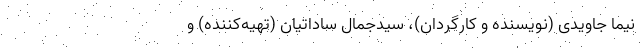
نیما جاویدی (نویسنده و کارگردان)، سیدجمال ساداتیان (تهیه‌کننده) و